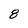
Character: 8